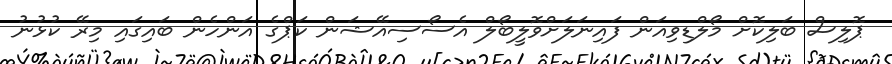
ޕޮލިސް ބަލިކޮށް މޯލްޑިވިއަން ފައިނަލަށްވޮލީބޯލް އެސޯސިއޭޝަން ކަޕްގެ އަންހެން ބައިގައި މިރޭ ކުޅުނު